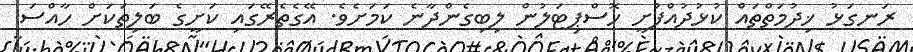
ރަނގަޅު ޚިދުމަތްތައް ކުޅުދުއްފުށީ ހޮސްޕިޓަލުން ލިބިގެންދާނެ ކަމަށެވެ. އޭގެތެރޭގައި ކަށީގެ ބަލިތަކަށް ހާއްސަ